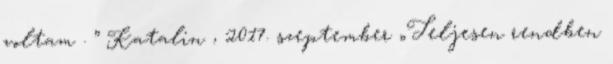
voltam . ” Katalin , 2017. szeptember „Teljesen rendben